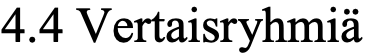
4.4 Vertaisryhmiä